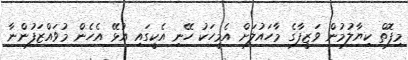
މިފޮތް ކިޔާލުމުން ވަޒީފާގެ މާހައުލަށް އެމީހަކު ހޭނި އެކީގައި އުޅޭ އެހެން މުވައްޒަފުންނާ